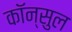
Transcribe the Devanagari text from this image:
कॉन्सुल